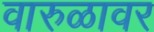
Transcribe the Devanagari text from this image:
वारुळावर